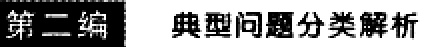
第二编 典型问题分类解析